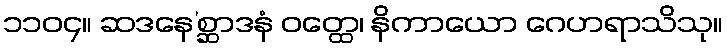
၁၁၀၄။ ဆဒနေ’စ္ဆာဒနံ ဝတ္ထေ၊ နိကာယော ဂေဟရာသိသု။